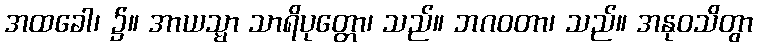
အထခေါ၊ ၌။ အာယသ္မာ သာရိပုတ္တော၊ သည်။ ဘဂဝတာ၊ သည်။ အနုဝသိတွာ